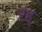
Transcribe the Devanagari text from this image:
रह्